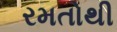
રમતોથી